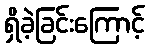
ရှိခဲ့ခြင်းကြောင့်